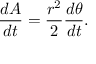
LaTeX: { \frac { d A } { d t } } = { \frac { r ^ { 2 } } { 2 } } { \frac { d \theta } { d t } } .